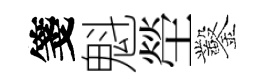
箋魁塋鑿